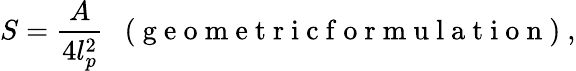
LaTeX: S=\frac{A}{4l_{p}^{2}}\enspace\mathrm{~(~g~e~o~m~e~t~r~i~c~f~o~r~m~u~l~a~t~i~o~n~)~},